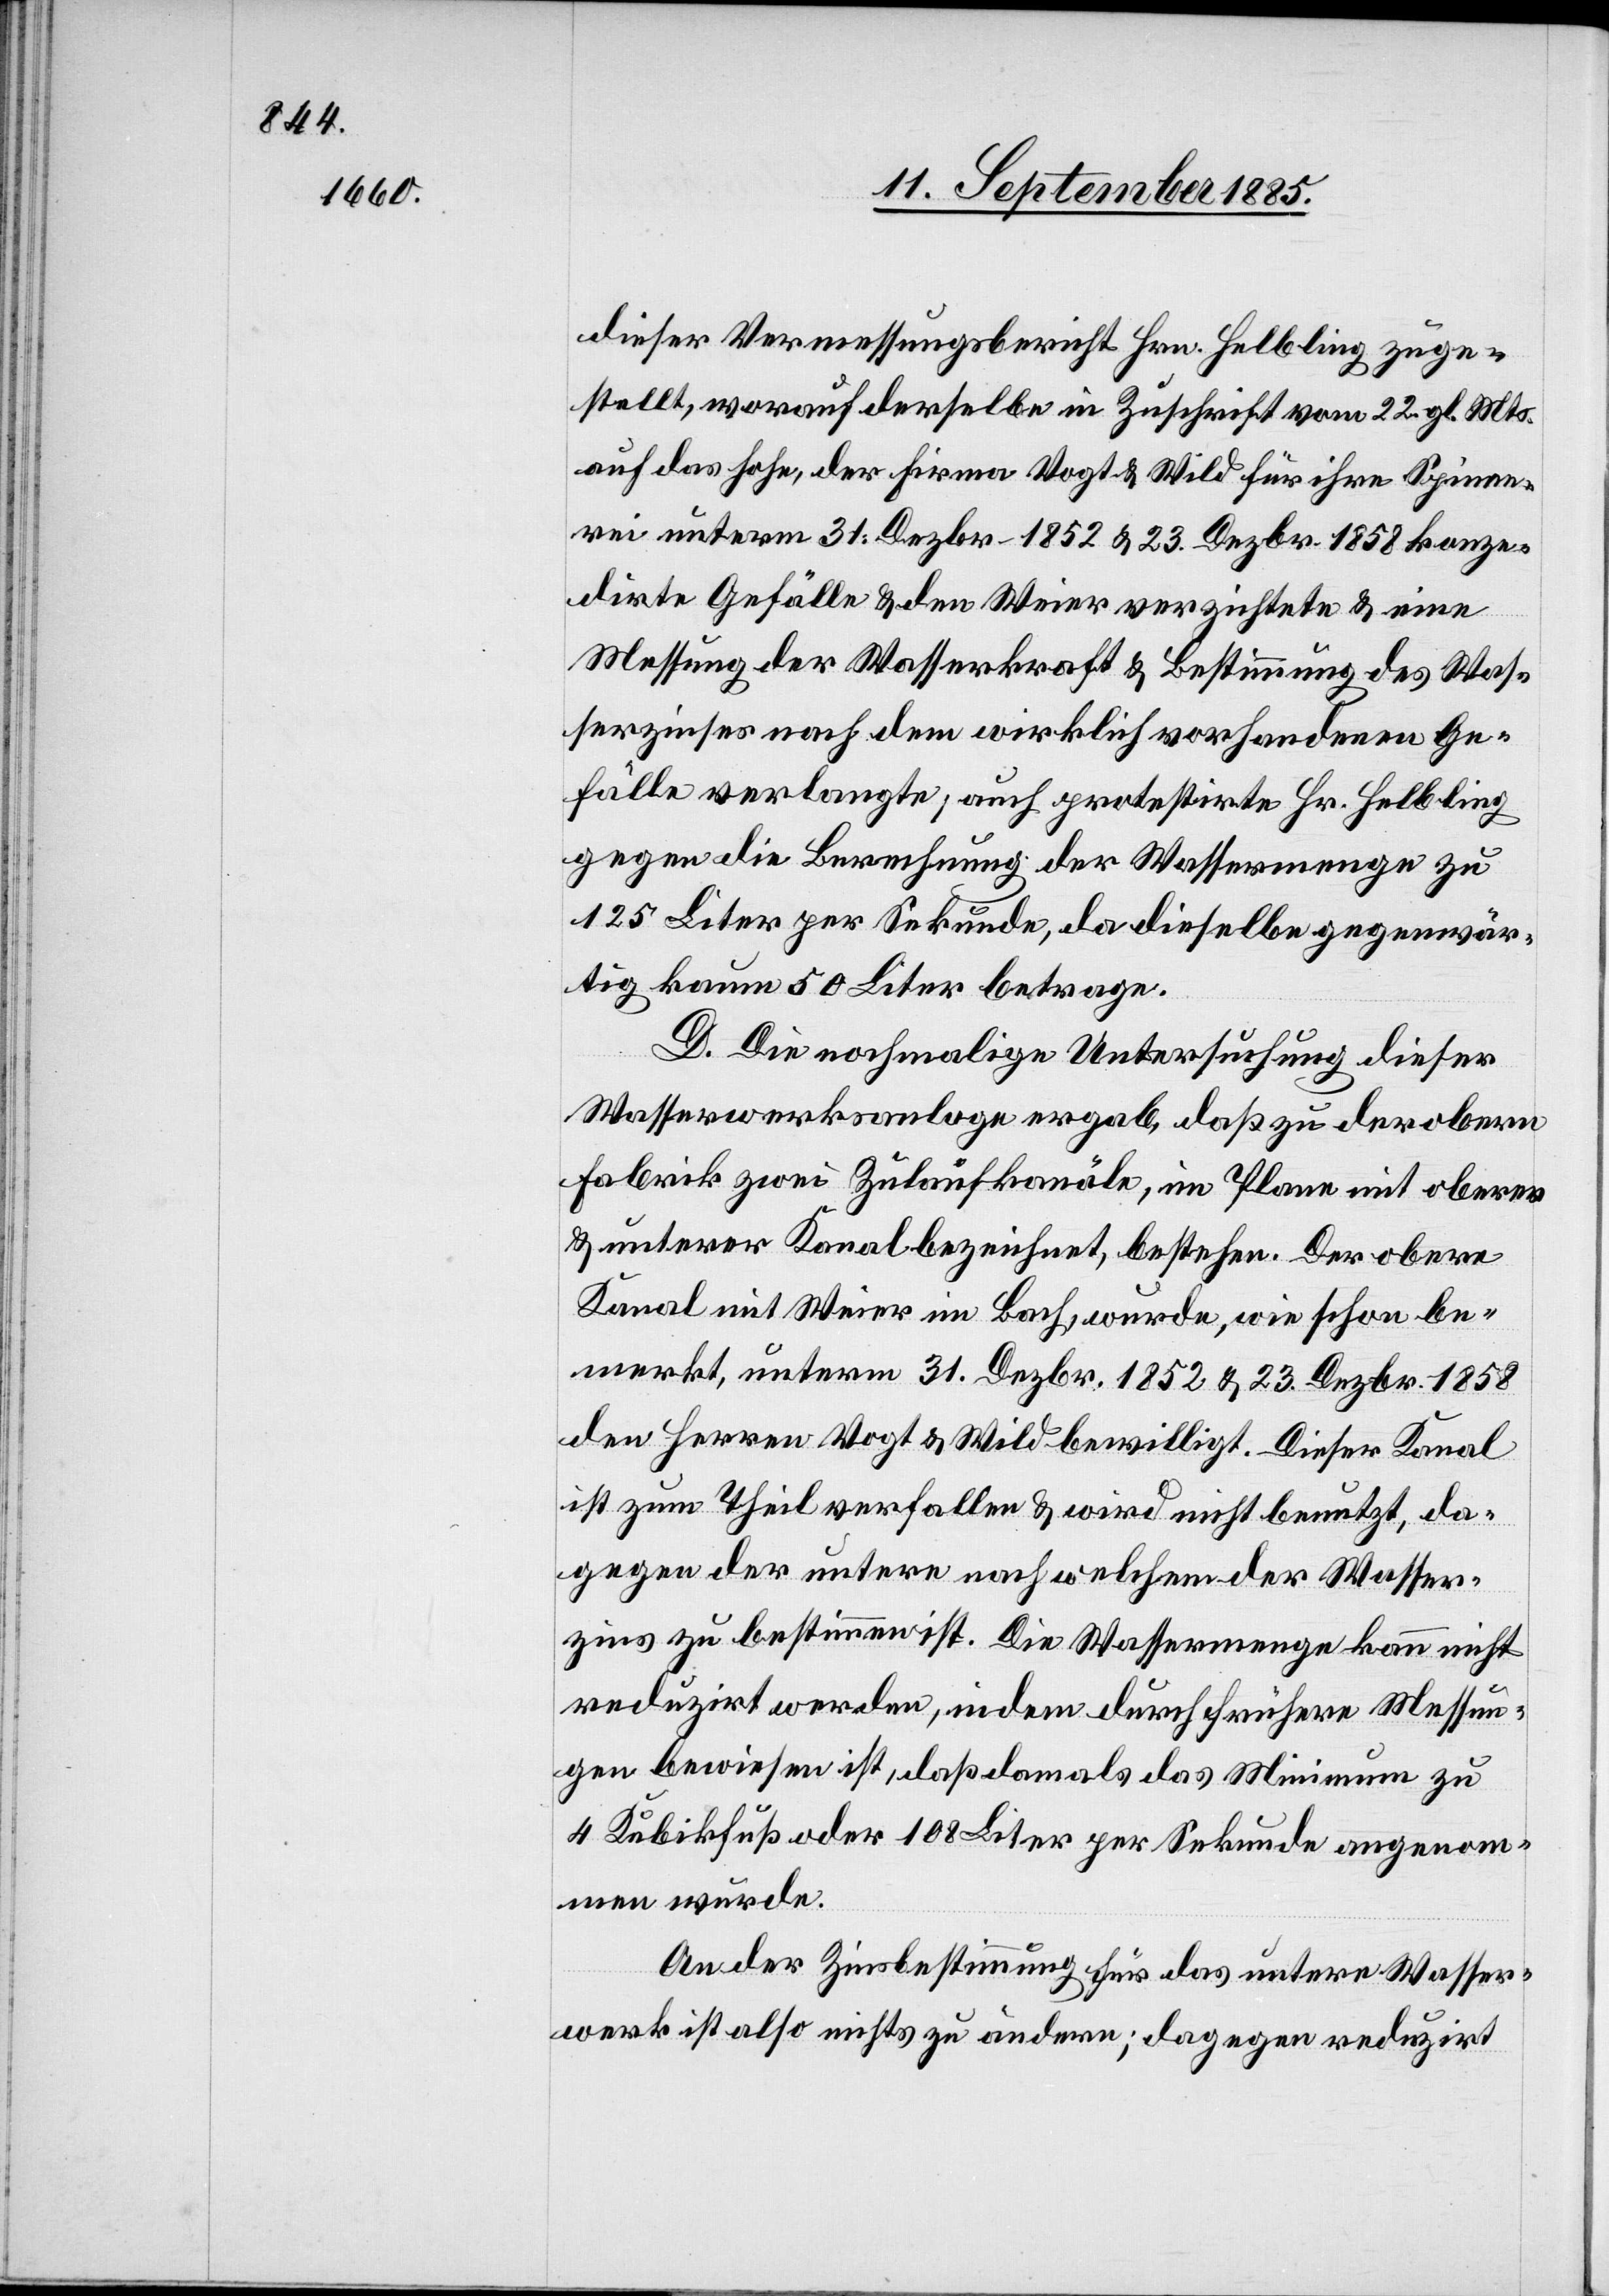
dieser Vermessungsbericht Hrn. Helbling zuge¬
stellt, worauf derselbe in Zuschrift vom 22. gl. Mts.
auf das hohe, der Firma Vogt & Wild für ihre Spinne¬
rei unterm 31. Dezbr. 1852 & 23. Dezbr. 1558 konze¬
dirte Gefälle & den Weier verzichtete & eine
Messung der Wasserkraft & Bestimmung des Was¬
serzinses nach dem wirklich vorhandenen Ge¬
fälle verlangte; auch protestirte Hr. Helbling
gegen die Berechnung der Wassermenge zu
125 Liter per Sekunde, da dieselbe gegenwär¬
tig kaum 50 Liter betrage.
D. Die nochmalige Untersuchung dieser
Wasserwerksanlage ergab, daß zu der obern
Fabrik zwei Zulaufkanäle, im Plane mit oberer
& unterer Kanal bezeichnet, bestehen. Der obere
Kanal mit Weier im Bach, wurde, wie schon be¬
merkt, unterm 31. Dezbr. 1852 & 23. Dezbr. 1858
den Herren Vogt & Wild bewilligt. Dieser Kanal
ist zum Theil verfallen & wird nicht benutzt, da¬
gegen der untere nach welchem der Wasser¬
zins zu bestimmen ist. Die Wassermenge kann nicht
reduzirt werden, indem durch frühere Messun¬
gen bewiesen ist, daß damals das Minimum zu
4 Kubikfuß oder 108 Liter per Sekunde angenom¬
men wurde.
An der Zinsbestimmung für das untere Wasser¬
werk ist also nichts zu ändern; dagegen reduzirt